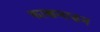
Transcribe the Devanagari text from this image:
काक्कनाडन